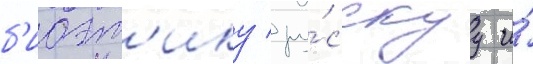
б'иоэт'ику / ру́сскуу и́